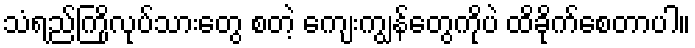
သံရည်ကြိုလုပ်သားတွေ စတဲ့ ကျေးကျွန်တွေကိုပဲ ထိခိုက်စေတာပါ။